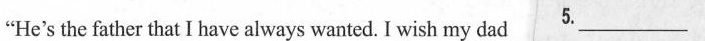
"He’s the father that always wanted I wish my dad 5.___